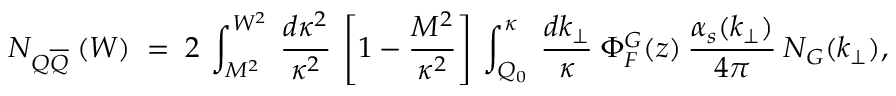
N _ { Q \overline { { { Q } } } } \: ( W ) \; = \; 2 \: \int _ { M ^ { 2 } } ^ { W ^ { 2 } } \: \frac { d \kappa ^ { 2 } } { \kappa ^ { 2 } } \: \left[ 1 - \frac { M ^ { 2 } } { \kappa ^ { 2 } } \right] \: \int _ { Q _ { 0 } } ^ { \kappa } \: \frac { d k _ { \perp } } { \kappa } \: \Phi _ { F } ^ { G } ( z ) \: \frac { \alpha _ { s } ( k _ { \perp } ) } { 4 \pi } \: N _ { G } ( k _ { \perp } ) ,